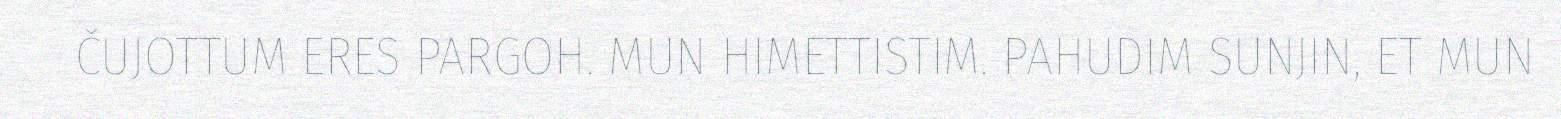
ČUJOTTUM ERES PARGOH. MUN HIMETTISTIM. PAHUDIM SUNJIN, ET MUN